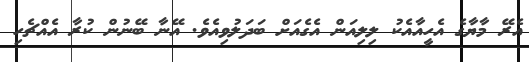
އެރޭ މާޔާގެ އެހީއާއެކު ލިލިއަން އެގެއަށް ބަދަލުވިއެވެ. އޭނާ ބޭނުން ކުރާ އެއްޗެހި